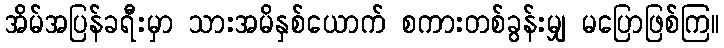
အိမ်အပြန်ခရီးမှာ သားအမိနှစ်ယောက် စကားတစ်ခွန်းမျှ မပြောဖြစ်ကြ။